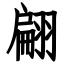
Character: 翩